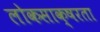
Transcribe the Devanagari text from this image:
लोकसाक्षरता